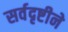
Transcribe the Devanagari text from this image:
सर्वदृष्टीने